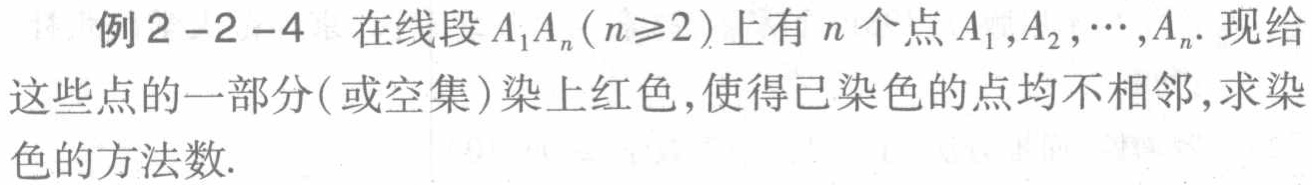
例2 - 2 - 4 在线段\(A_1A_n(n\geq2)\)上有\(n\)个点\(A_1,A_2,\cdots,A_n\). 现给这些点的一部分(或空集)染上红色,使得已染色的点均不相邻,求染色的方法数.